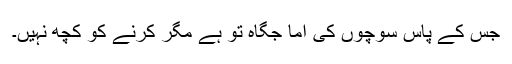
جس کے پاس سوچوں کی آما جگاہ تو ہے مگر کرنے کو کچھ نہیں۔